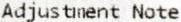
ADJUSTMENT NOTE